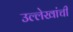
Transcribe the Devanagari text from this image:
उल्लेखांची